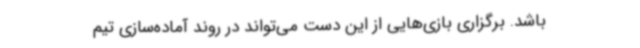
باشد. برگزاری بازی‌هایی از این دست می‌تواند در روند آماده‌سازی تیم